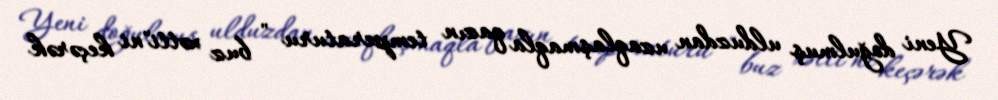
Yeni doğulmuş ulduzdan uzaqlaşmaqla qazın temperaturu " buz xətti"ni keçərək